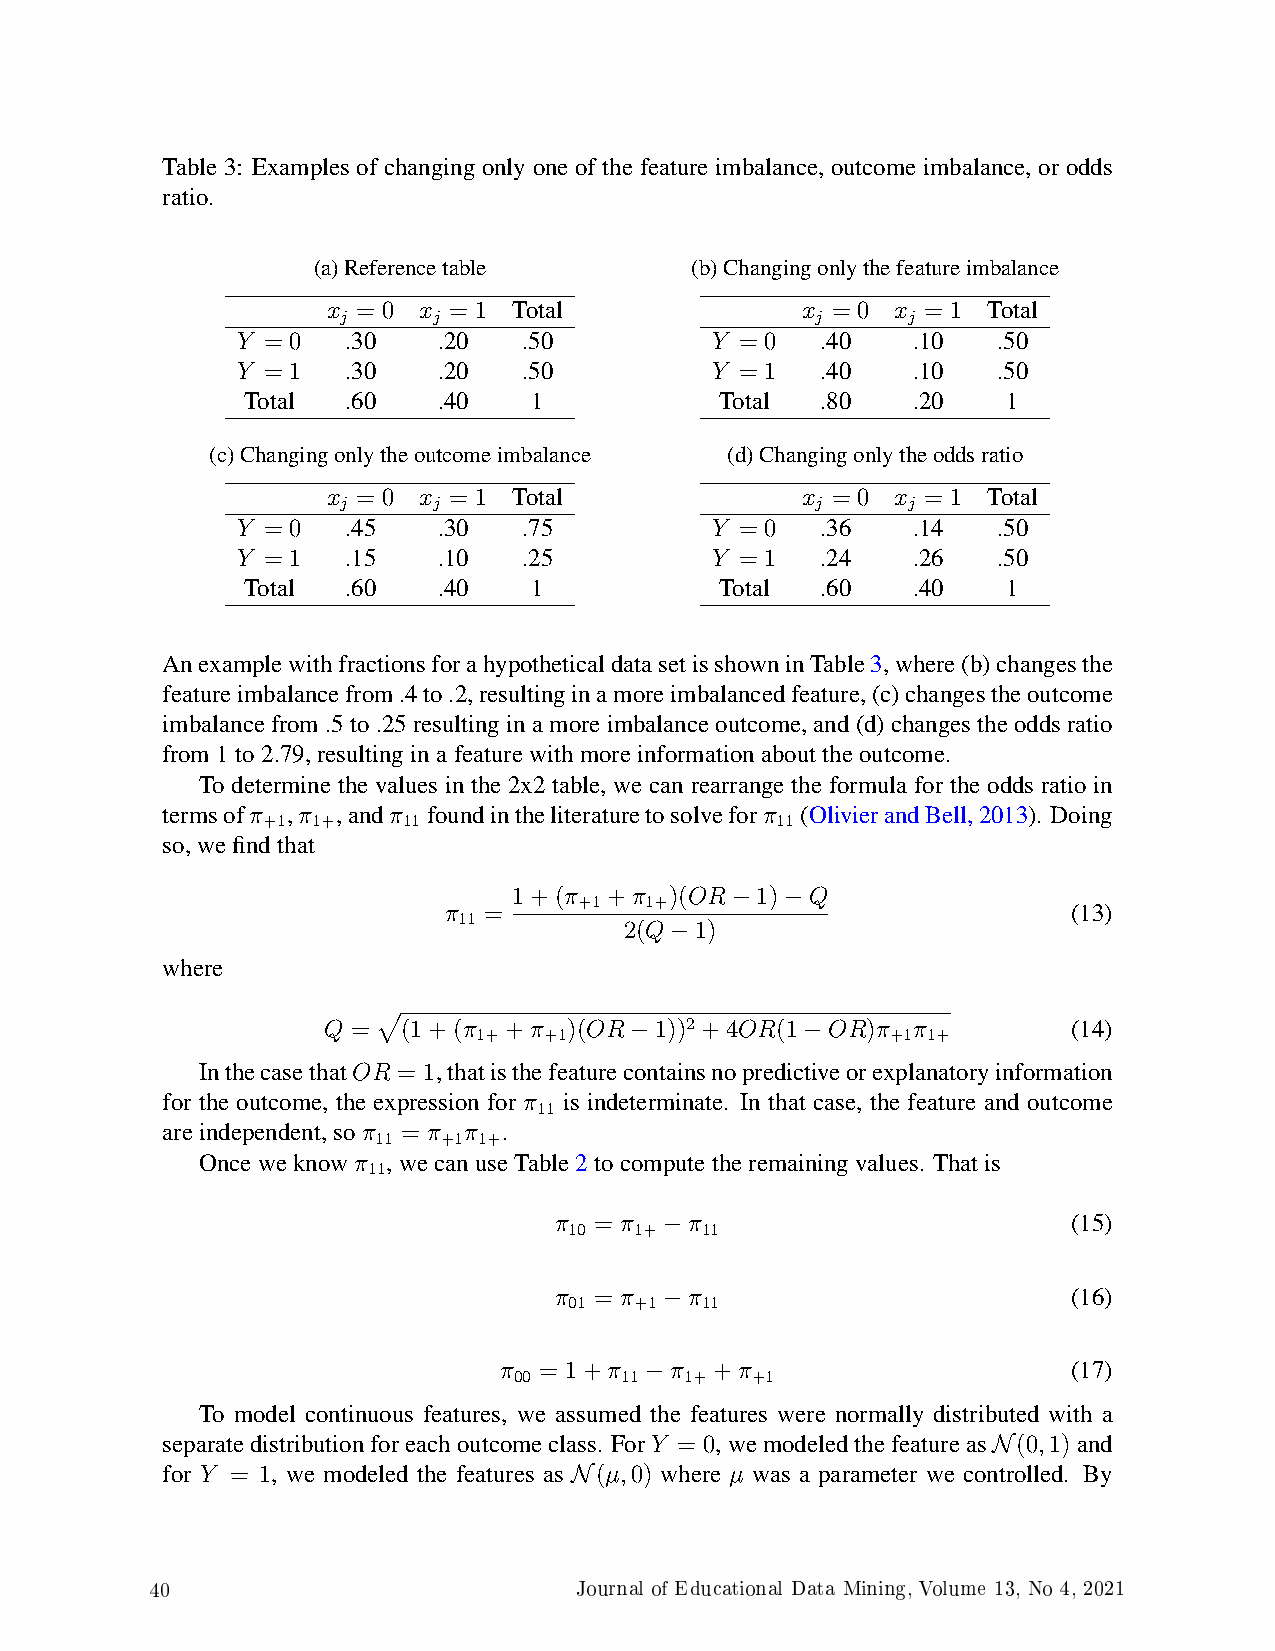
Table 3: Examples of changing only one of the feature imbalance, outcome imbalance, or odds
 ratio.
 (a)Referencetable        (b)Changingonlythefeatureimbalance
 x = 0 x = 1 Total              x = 0 x = 1 Total
 j     j                        j     j
 Y = 0  .30   .20   .50         Y = 0  .40   .10   .50
 Y = 1  .30   .20   .50         Y = 1  .40   .10   .50
 Total  .60   .40   1            Total .80   .20    1
 (c)Changingonlytheoutcomeimbalance (d)Changingonlytheoddsratio
 x = 0 x = 1 Total              x = 0 x = 1 Total
 j     j                        j     j
 Y = 0  .45   .30   .75         Y = 0  .36   .14   .50
 Y = 1  .15   .10   .25         Y = 1  .24   .26   .50
 Total  .60   .40   1            Total .60   .40    1
 AnexamplewithfractionsforahypotheticaldatasetisshowninTable3,where(b)changesthe
 featureimbalancefrom.4to.2,resultinginamoreimbalancedfeature,(c)changestheoutcome
 imbalancefrom.5to.25resultinginamoreimbalanceoutcome,and(d)changestheoddsratio
 from1to2.79,resultinginafeaturewithmoreinformationabouttheoutcome.
 To determine the values in the 2x2 table, we can rearrange the formula for the odds ratio in
 termsofπ ,π ,andπ foundintheliteraturetosolveforπ (OlivierandBell,2013). Doing
 +1  1+    11                      11
 so,wefindthat
 1+(π  +π  )(OR  1)  Q
 +1   1+
 π  =               −   −                  (13)
 11
 2(Q  1)
 −
 where
 Q =   (1+(π +π   )(OR 1))2 +4OR(1 OR)π π          (14)
 1+  +1                     +1 1+
 −          −
 InthecasethatORp= 1,thatisthefeaturecontainsnopredictiveorexplanatoryinformation
 for the outcome, the expression for π is indeterminate. In that case, the feature and outcome
 11
 areindependent,soπ = π π .
 11  +1 1+
 Onceweknowπ  ,wecanuseTable2tocomputetheremainingvalues. Thatis
 11
 π = π    π                        (15)
 10  1+  11
 −
 π = π    π                        (16)
 01  +1  11
 −
 π  = 1+π   π  +π                      (17)
 00     11  1+   +1
 −
 To model continuous features, we assumed the features were normally distributed with a
 separatedistributionforeachoutcomeclass. ForY = 0,wemodeledthefeatureas (0,1)and
 N
 for Y = 1, we modeled the features as (µ,0) where µ was a parameter we controlled. By
 N
 40                          Journal of Educational Data Mining, Volume 13, No 4, 2021